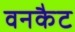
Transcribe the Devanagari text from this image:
वनकैट